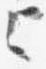
上